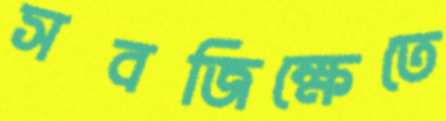
সবজিক্ষেতে